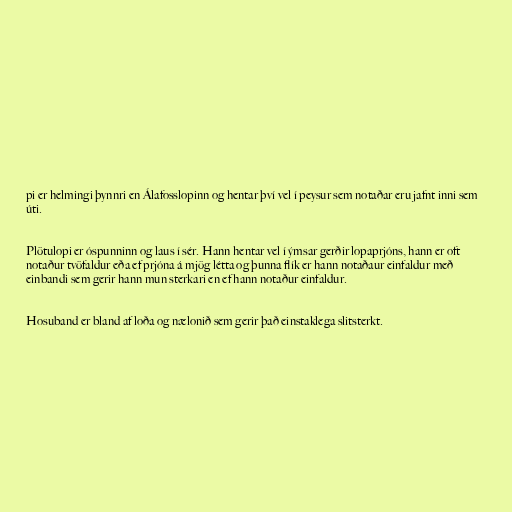
pi er helmingi þynnri en Álafosslopinn og hentar því vel í peysur sem notaðar eru jafnt inni sem
úti.

Plötulopi er óspunninn og laus í sér. Hann hentar vel í ýmsar gerðir lopaprjóns, hann er oft
notaður tvöfaldur eða ef prjóna á mjög létta og þunna flík er hann notaðaur einfaldur með
einbandi sem gerir hann mun sterkari en ef hann notaður einfaldur.

Hosuband er bland af loða og nælonið sem gerir það einstaklega slitsterkt.